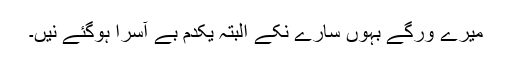
میرے ورگے بہوں سارے نِکے البتہ یکدم بے آسرا ہوگئے نیں۔